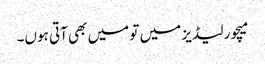
میچور لیڈیز میں تو میں بھی آتی ہوں۔